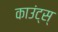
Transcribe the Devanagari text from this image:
काउंट्स्